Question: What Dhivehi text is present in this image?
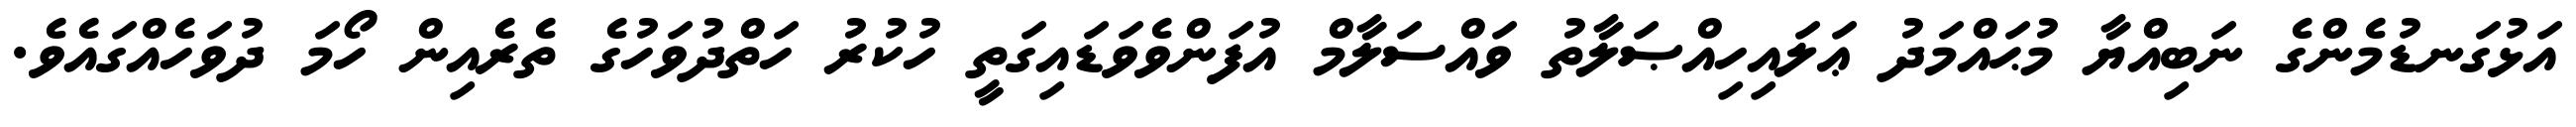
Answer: އަޅުގަނޑުމެންގެ ނަބިއްޔާ މުޙައްމަދު ޢަލައިހިއްޞަލާތު ވައްސަލާމް އުފަންވެވަޑައިގަތީ ހުކުރު ހަތްދުވަހުގެ ތެރެއިން ހޯމަ ދުވަހެއްގައެވެ.